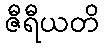
ဇီရီယတိ